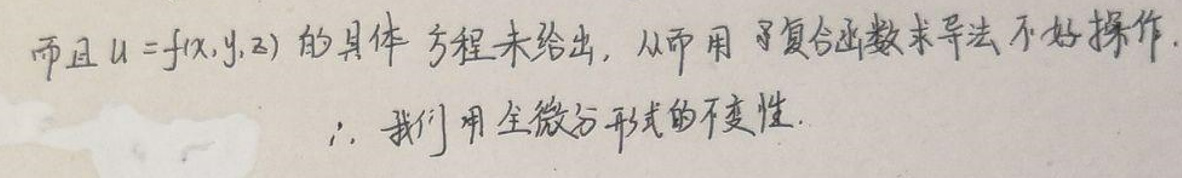
而且 $u = f(x,y,z)$ 的具体方程未给出, 从而用复合函数求导法不好操作.

$\therefore$ 我们用全微分形式的不变性.